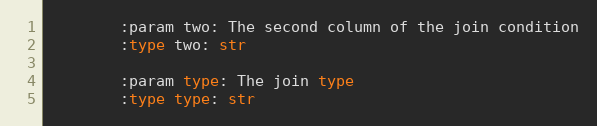
Language: Python
        :param two: The second column of the join condition
        :type two: str

        :param type: The join type
        :type type: str